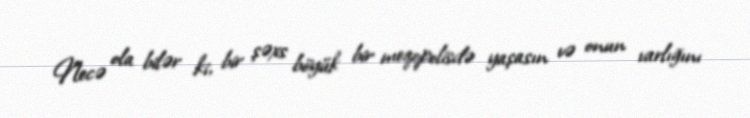
Necə ola bilər ki, bir şəxs böyük bir meqopolisdə yaşasın və onun varlığını